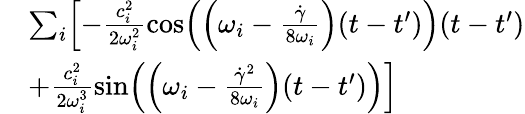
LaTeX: \begin{array}{rl}&{\sum_{i}\Bigl[-\frac{c_{i}^{2}}{2\omega_{i}^{2}}\cos\Bigl(\Bigl(\omega_{i}-\frac{\dot{\gamma}}{8\omega_{i}}\Bigr)(t-t^{\prime})\Bigr)(t-t^{\prime})}\\ &{+\frac{c_{i}^{2}}{2\omega_{i}^{3}}\sin\Bigl(\Bigl(\omega_{i}-\frac{\dot{\gamma}^{2}}{8\omega_{i}}\Bigr)(t-t^{\prime})\Bigr)\Bigr]}\end{array}